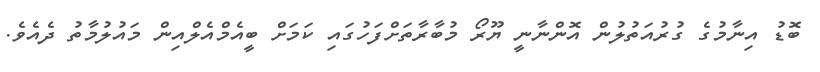
ބޮޑު އިނާމުގެ ގުރުއަތުލުން އޮންނާނީ ޔޫރޯ މުބާރާތަށްފަހުގައި ކަމަށް ބީއެމްއެލްއިން މައުލުމާތު ދެއެވެ.